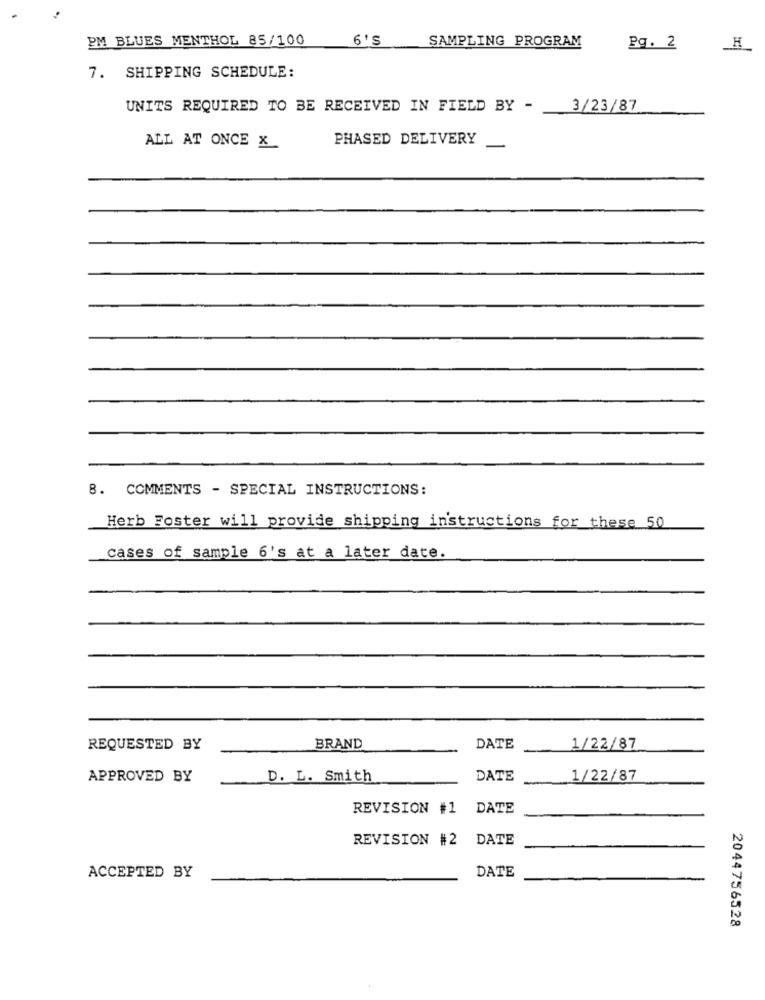
PM BLUES MENTHOL 85/100
6'5
SAMPLING PROGRAM
Pg. 2
7. SHIPPING SCHEDULE:
UNITS REQUIRED TO BE RECEIVED IN FIELD BY -
3/23/87
PHASED DELIVERY
ALL AT ONCE X
8. COMMENTS - SPECIAL INSTRUCTIONS:
Herb Foster will provide shipping instructions for these 50
cases of sample 6's at a later date.
REQUESTED BY
BRAND
DATE
1/22/87
APPROVED BY
D. L. Smith
DATE
1/22/87
REVISION #1
DATE
REVISION #2 DATE
DATE
ACCEPTED BY
2044756528